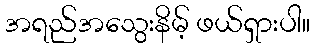
အရည်အသွေးနိမ့် ဖယ်ရှားပါ။